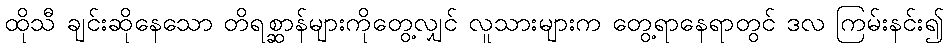
ထိုသီ ချင်းဆိုနေသော တိရစ္ဆာန်များကိုတွေ့လျှင် လူသားများက တွေ့ရာနေရာတွင် ဒလ ကြမ်းနင်း၍